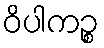
ဝိပါကဉ္စ